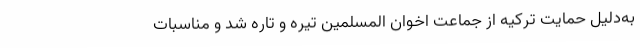
به‌دلیل حمایت ترکیه از جماعت اخوان المسلمین تیره و تاره شد و مناسبات